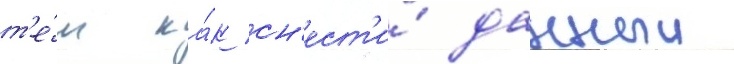
т'е́м ка́к сн'ест'и́ данныи